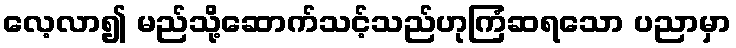
လေ့လာ၍ မည်သို့ဆောက်သင့်သည်ဟုကြံဆရသော ပညာမှာ